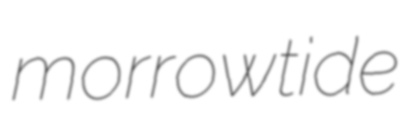
morrowtide